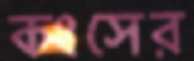
কংসের